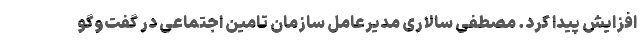
افزایش پیدا کرد. مصطفی سالاری مدیرعامل سازمان تامین اجتماعی در گفت‌وگو